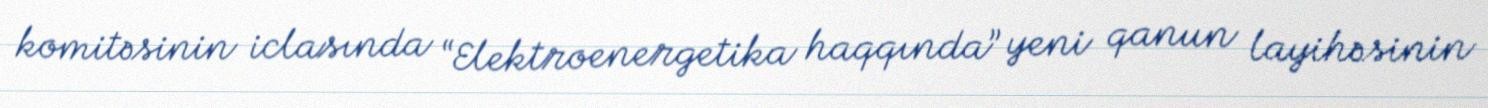
komitəsinin iclasında “Elektroenergetika haqqında” yeni qanun layihəsinin